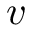
v